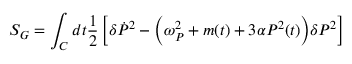
{ \cal S } _ { G } = \int _ { C } d t \frac { 1 } { 2 } \left[ \delta \dot { P } ^ { 2 } - \biggl ( \omega _ { P } ^ { 2 } + m ( t ) + 3 \alpha { \cal P } ^ { 2 } ( t ) \biggr ) \delta P ^ { 2 } \right]